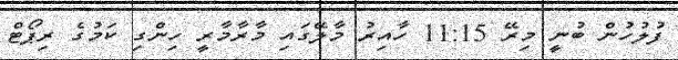
ފުލުހުން ބުނީ މިރޭ 11:15 ހާއިރު މާލޭގައި މާރާމާރީ ހިންގި ކަމުގެ ރިޕޯޓް